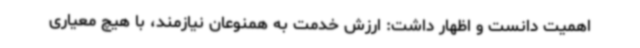
اهمیت دانست و اظهار داشت: ارزش خدمت به همنوعان نیازمند، با هیچ معیاری